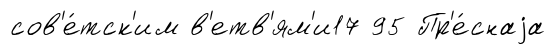
сов'е́тск'им в'етв'ям'и17 95 Пр'е́снаjа